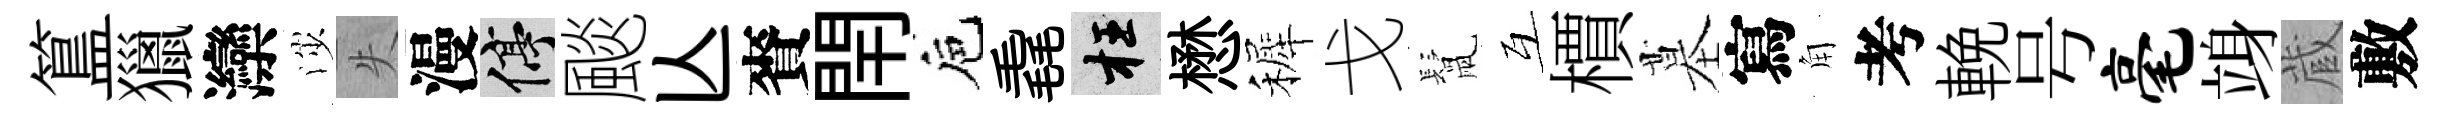
簋獵灤渉失漫停颷亾賚閈巵毳枉懋裤戈鬛互檟墓寫角考輓号毫竧蔵敷